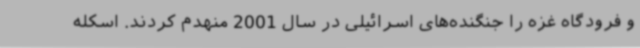
و فرودگاه غزه را جنگنده‌های اسرائیلی در سال 2001 منهدم کردند. اسکله